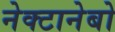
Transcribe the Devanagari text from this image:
नेक्टानेबो